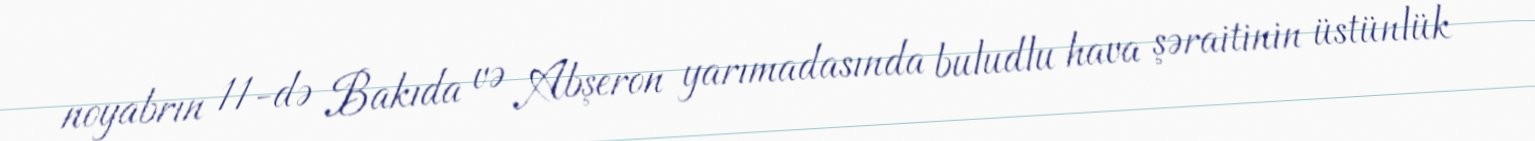
noyabrın 11-də Bakıda və Abşeron yarımadasında buludlu hava şəraitinin üstünlük